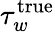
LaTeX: \tau_{w}^{\textrm{true}}